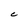
Character: C